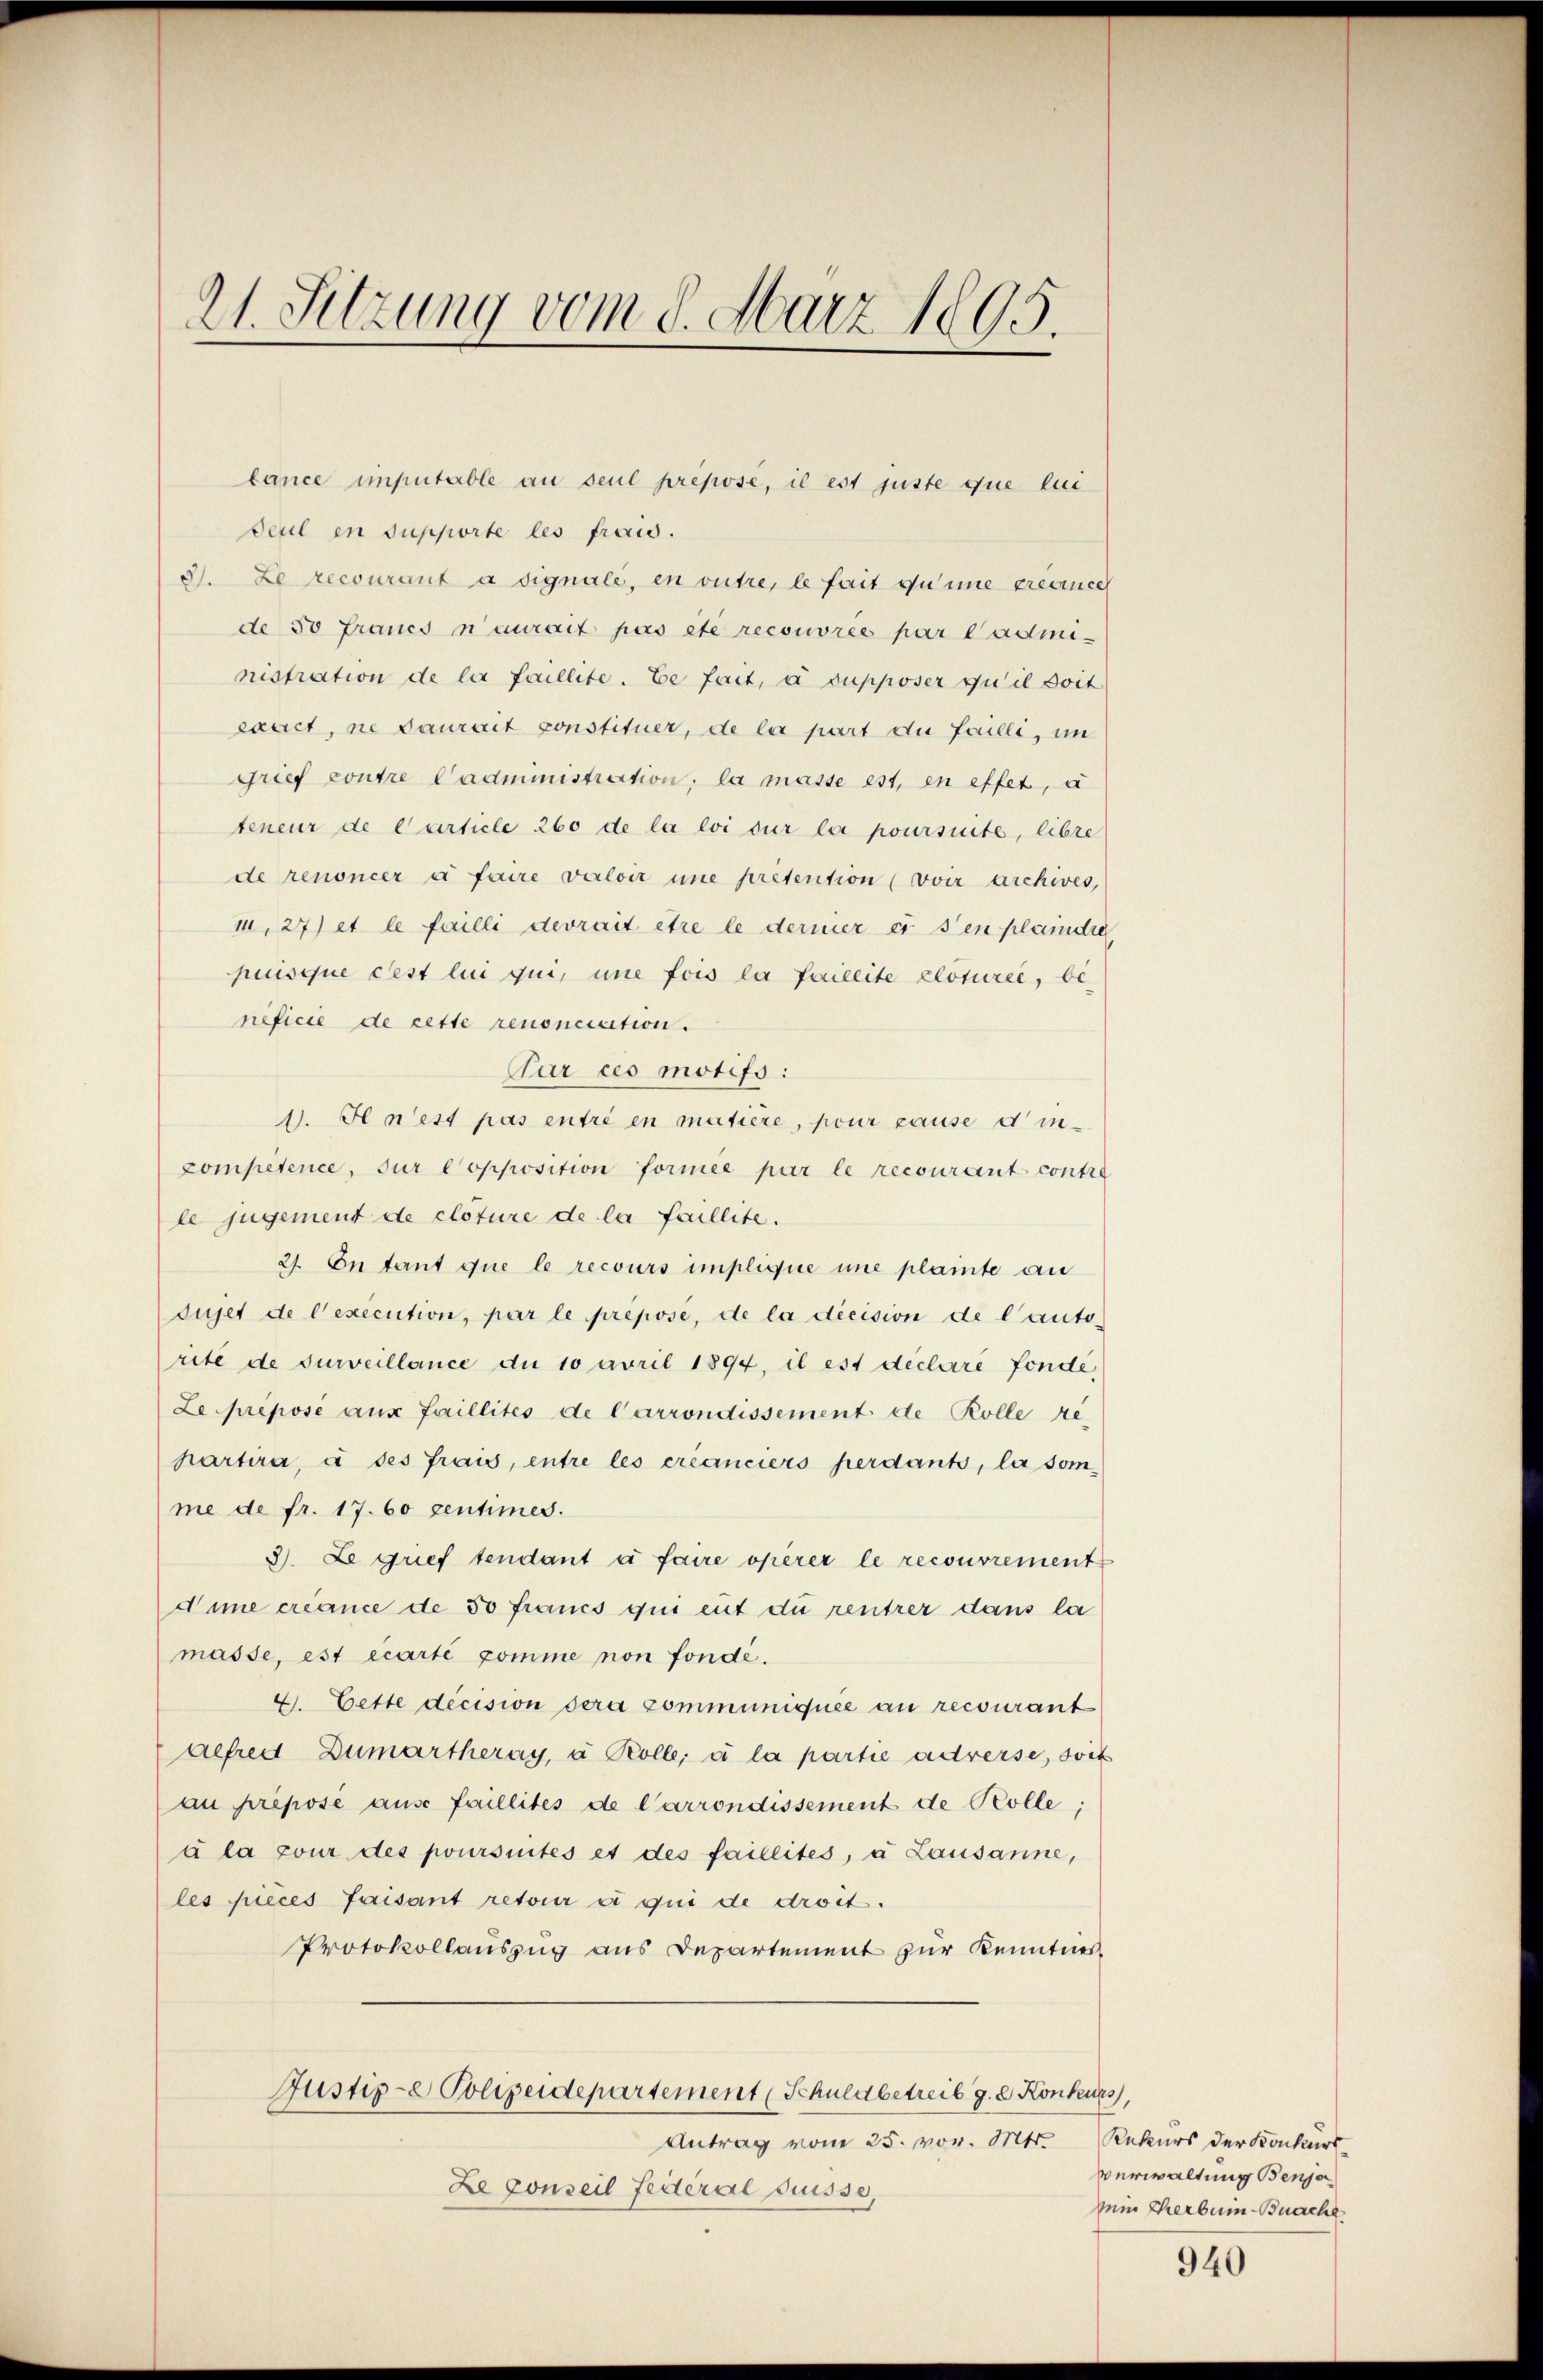
21. Sitzung vom 8. März 1805.

tance imputable an seul preposé, il est juste que lui
Seul en supporte les frais.
3). Le recourant à signale, en outre, le fait du imme créancel
de 50 Fraues n’aurait pas ête recouvrée par l’administration de la faillite. Ee fait, à supposer zu il dort
exact, ne daurait constituer, de la part die Foulli, im
grief contre Cadministration, la masse est, en effet, a
teneur de curticle 260 de la loi sur la poursuite, libre
de renoncer à faire valoir une pretention (voir archives,
1,27) et le failli devrait être le dermer es s’en plaindre
puische Fest lui qui, une fois la faileite cloture, be-
nificie de cette renonciation.
Par ces motifs:
1. Il n’est pas entré en matière, pour cause d’in-
competence, sur Copposition formée par le recourant contra
le jugement de cloture de la faillite.
27 En tant que le recours implique une plainte an
sujet de l’execution, par le prepose, de la décision de l’auto-
rité de surveillance du 10 April 1894, il est déclaré fonde,
Le prépose aus faillités de Carrondissement de Rolle re-
hartira, à des frais, entre les créanciers perdant, la somme de fr. 17. 60 zentimes.
3). Le grief tendant à faire operer le recouvrement
Anne créance de 50 francs qui ent du rentrer dans la
masse, est écarté comme non fondé¬
4. Cette decision dera communiquée au recourant
Alfred Dumartheray, à Rolle; à la partie adresse, sock
au prepose ause faillités de Carrondissement de Kolle;
à la pour des poursuites et des faillites, a Lausanne,
les pieces faisant retour ce qui de droit.
Protokollauszug aus Departement zur Kenntnis¬
Justiz-e Polizeidepartement (Schuldbetreib g. d. Konkurs,
Antrag vom 25. vor. Mts. Rekurs der Konkurs
Le conseil Federal Suisse,

Verwaltung Benja
Dein Therbum-Bache

940